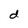
Character: d